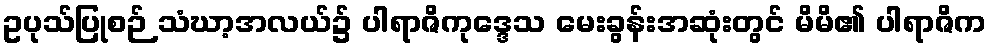
ဥပုသ်ပြုစဉ် သံဃာ့အလယ်၌ ပါရာဇိကုဒ္ဒေသ မေးခွန်းအဆုံးတွင် မိမိ၏ ပါရာဇိက